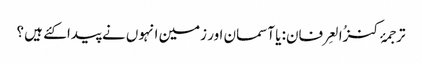
ترجمۂ کنزُالعِرفان: یا آسمان اور زمین انہوں نے پیدا کئے ہیں ؟